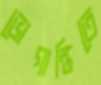
ভোগান্তিতে